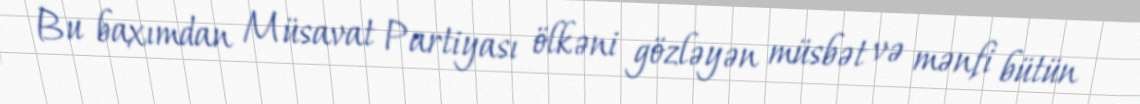
Bu baxımdan Müsavat Partiyası ölkəni gözləyən müsbət və mənfi bütün